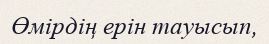
Өмірдің ерін тауысып,